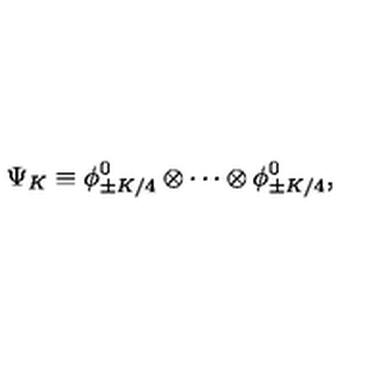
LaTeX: \Psi _ { K } \equiv \phi _ { \pm K / 4 } ^ { 0 } \otimes \cdots \otimes \phi _ { \pm K / 4 } ^ { 0 } ,